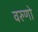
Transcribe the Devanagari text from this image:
वरुणो